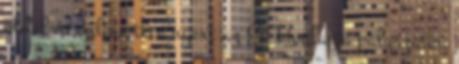
oldal és online tévé nyert az Év Honlapja pályázaton